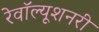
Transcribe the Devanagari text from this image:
रेवॉल्यूशनरी